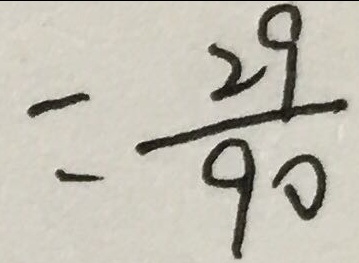
= \frac { 2 9 } { 9 0 }